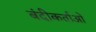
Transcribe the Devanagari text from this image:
बंदीकर्ताओं